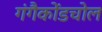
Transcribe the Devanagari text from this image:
गंगैकोंडचोल